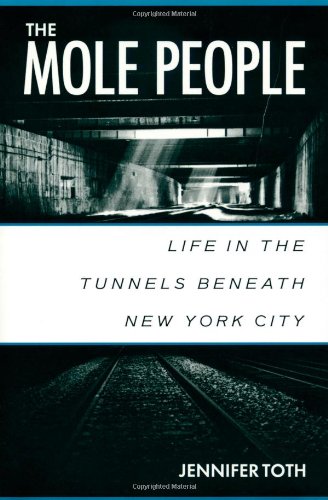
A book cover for The Mole People: Life in the Tunnels Beneath New York City; Jennifer Toth; Politics & Social Sciences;